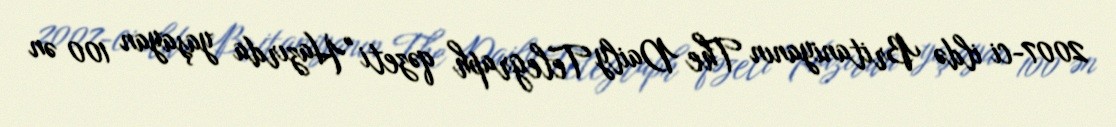
2007-ci ildə Britaniyanın The Daily Telegraph qəzeti "Hazırda yaşayan 100 ən